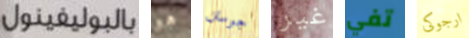
بالبوليفينول هو جوستن غير تفي ارجوكى